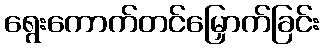
ရွေးကောက်တင်မြှောက်ခြင်း